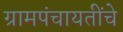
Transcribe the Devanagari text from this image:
ग्रामपंचायतींचे